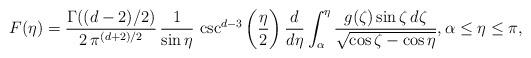
LaTeX: \begin{align*}F(\eta) = \frac { \Gamma((d-2)/2)} {2\, \pi^{(d+2)/2}} \, \frac {1} {\sin\eta } \,\csc^{d-3}\bigg(\frac{\eta}{2}\bigg) \, \frac {d} {d\eta} \int_\alpha^{\eta}\frac {g(\zeta) \sin \zeta \, d\zeta} {\sqrt{\cos\zeta - \cos \eta}}, \alpha \leq \eta \leq \pi,\end{align*}